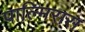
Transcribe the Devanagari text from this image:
पाल्मिरास